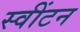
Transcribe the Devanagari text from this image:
स्वींटन